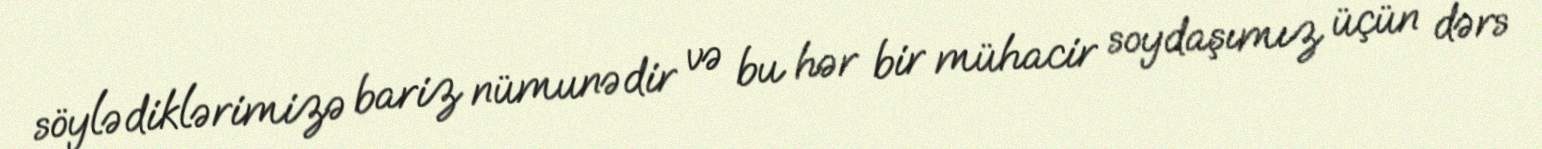
söylədiklərimizə bariz nümunədir və bu hər bir mühacir soydaşımız üçün dərs